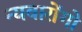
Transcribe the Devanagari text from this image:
न्यवारोंगो